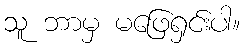
သူ ဘာမှ မဖြေရှင်းပါ။